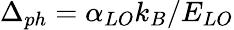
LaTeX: \Delta_{ph}=\alpha_{LO}k_{B}/E_{LO}